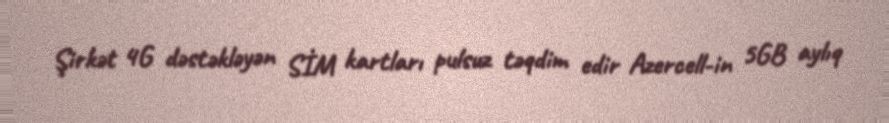
Şirkət 4G dəstəkləyən SİM kartları pulsuz təqdim edir Azercell-in 5GB aylıq